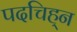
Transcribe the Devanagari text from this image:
पदचिह्‌न